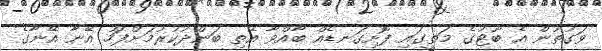
ވަގުތުން އެ ބޫޓުގެ މަތީގައި ފޮށިގަނޑެއް ބާއްވާ އޭތި ބަންދުކުރުމަށްފަހު އޭނާ އޭނާގެ